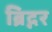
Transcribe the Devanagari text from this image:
ब्रिद्गर